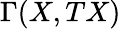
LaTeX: \Gamma(X,TX)